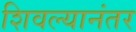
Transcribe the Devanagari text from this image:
शिवल्यानंतर